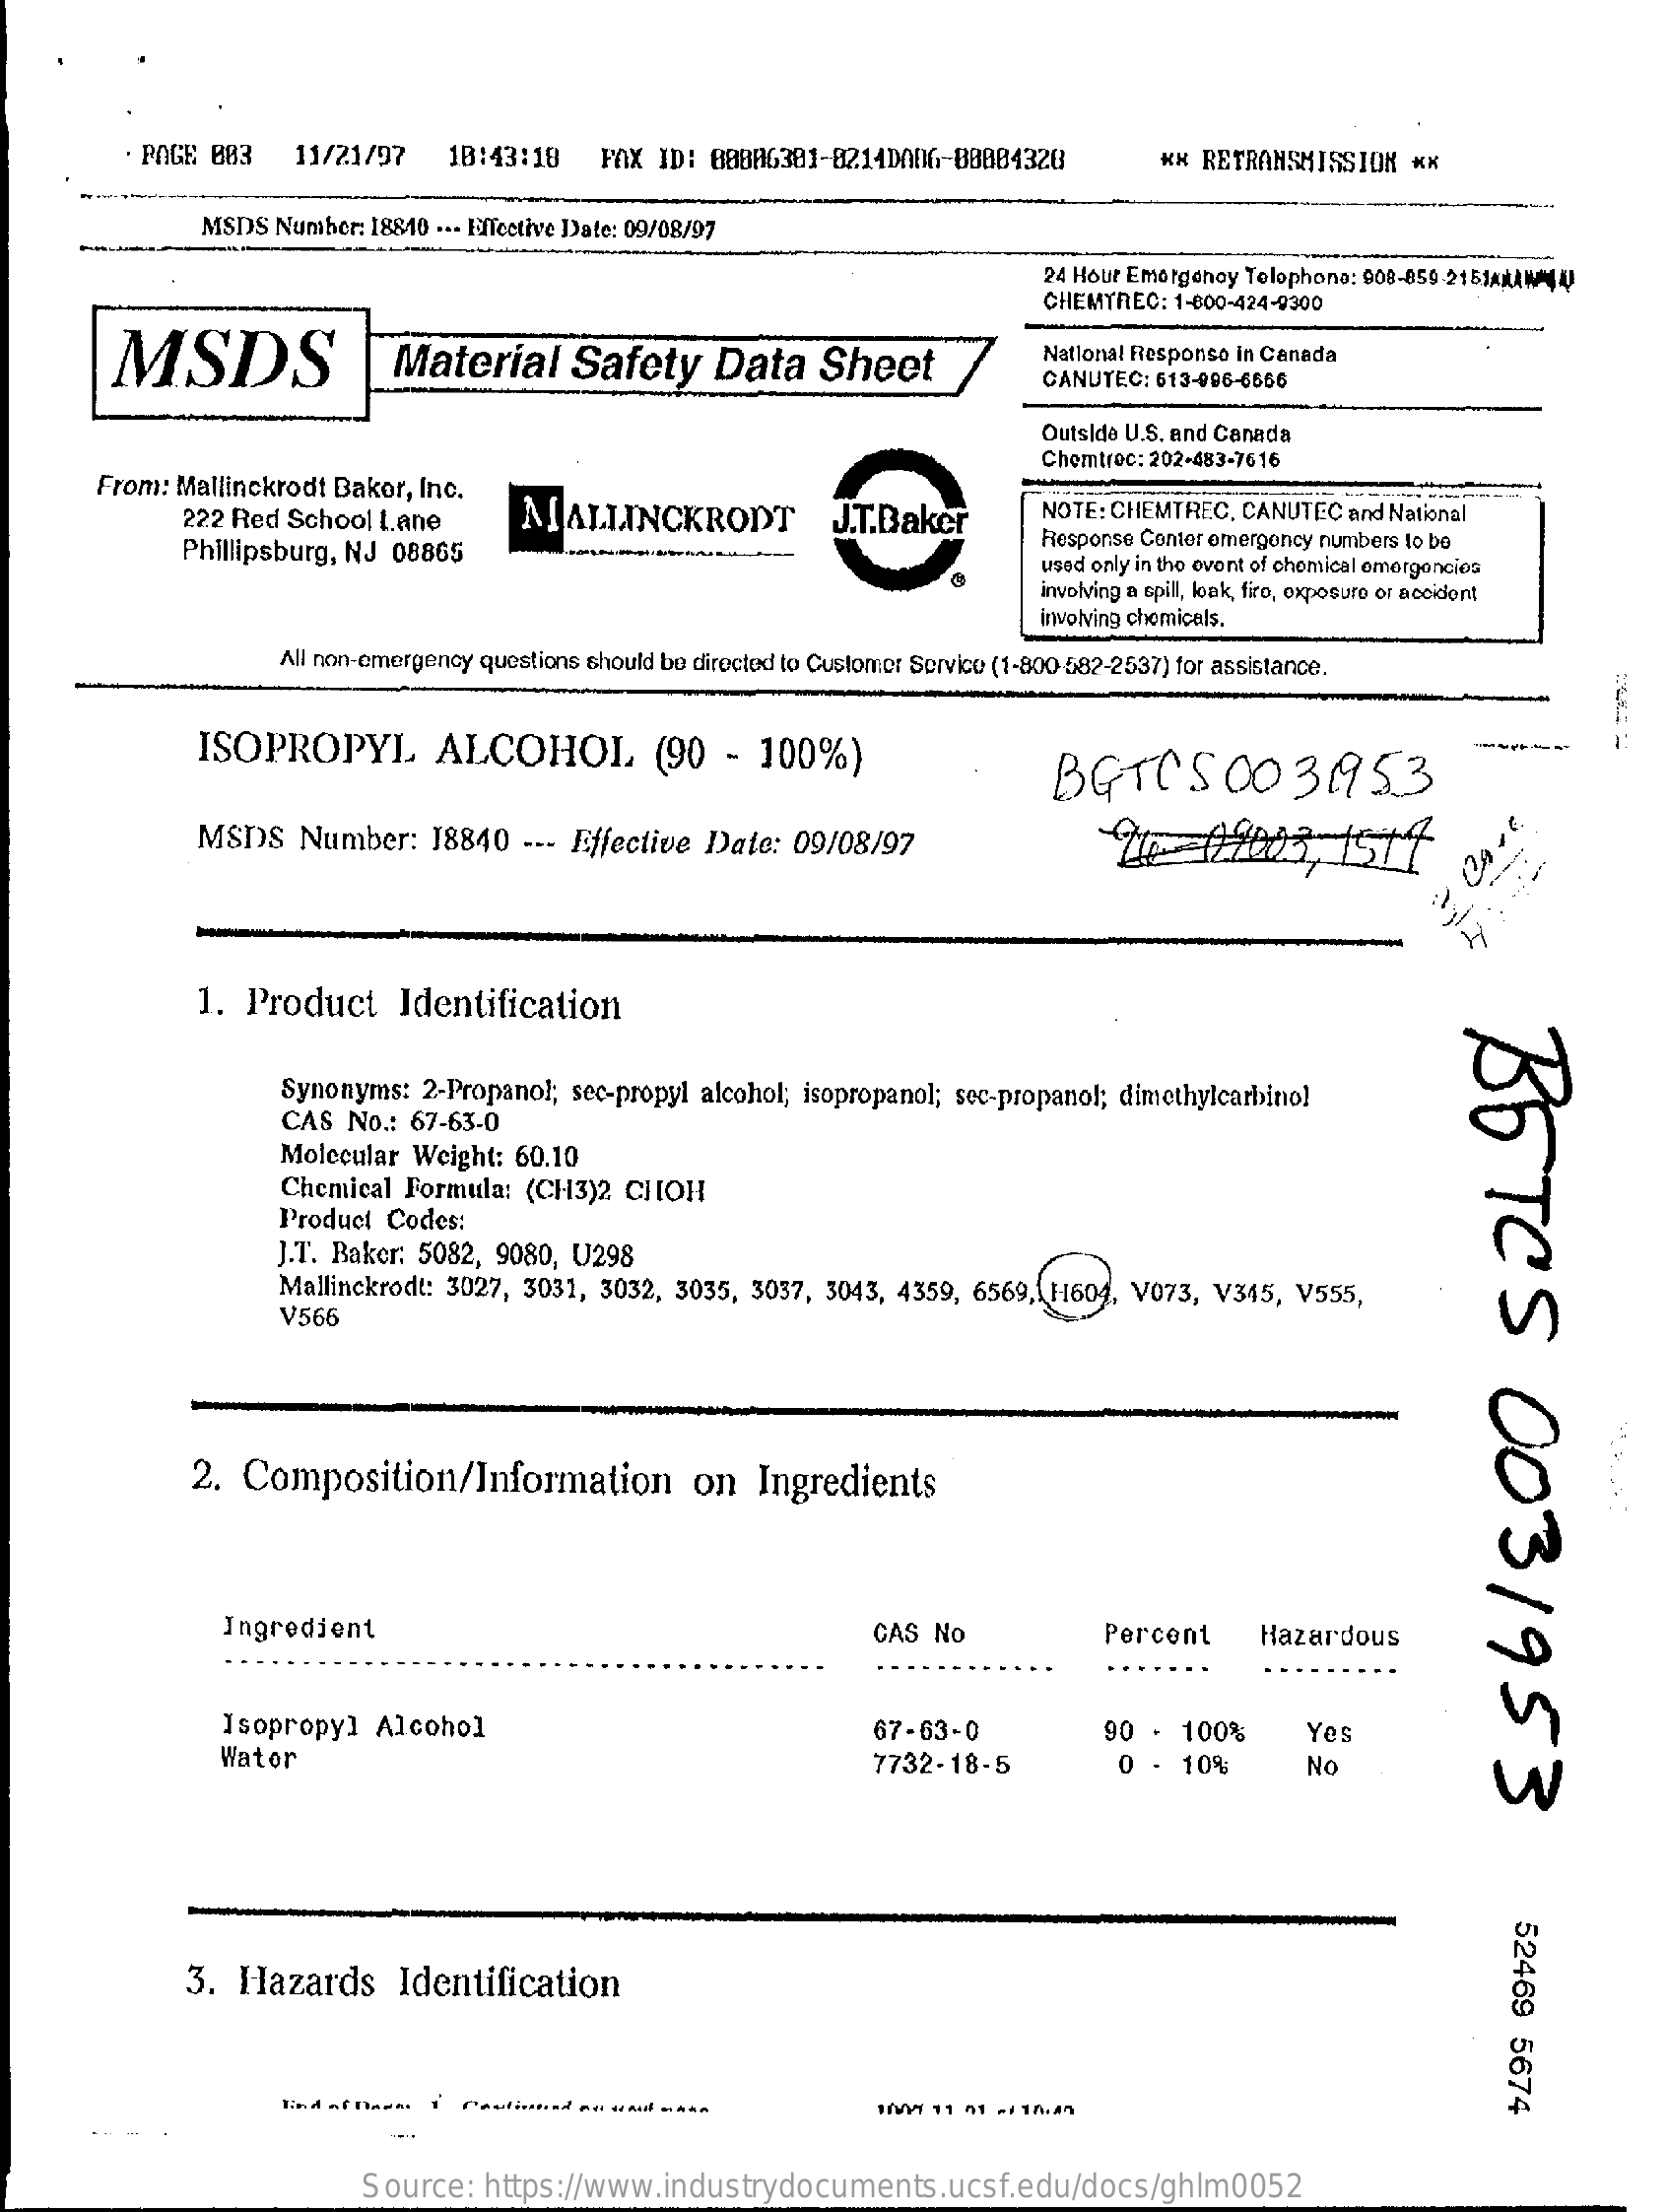
PAGE  083    11/21/97    18:43:18    FAX  ID: 08806301-8214DA06-BBBB4328    ** RETRANSMISSION    **
     MSDS  Number: 18810 --- Effective Date: 09/08/97
     24 Hour Emergency Tolophono: 908-859-2151/W44)
     CHEMTREC: 1-800-424-9300
     MSDS    Material    Safety    Data    Sheet
     National Response in Canada
     CANUTEC: 613-996-6666
     Outside U.S. and Canada
     Chomtroc: 202-483-7616
     From:  Mallinckrodt Baker, Inc.
     222 Red  School  Lane    MALLINCKRODT    J.T.Baker    NOTE: CHEMTREC.  CANUTEC  and National
     Phillipsburg, NJ  08865    Response Center emergency numbers to be
     used only in the event of chemical emergencies
     involving a epill, loak, firo, exposure of accident
     involving chemicals.
     All non-emergency questions should be directed to Customer Service (1-800-582-2537) for assistance.
     ISOPROPYL    ALCOHOL    (90   -  100%)    BGTCSOO    3  1953
     MSDS    Number:    18840   --- Effective  Date:  09/08/97
     1. Product    Identification
     BETCS
     0031953
     Synonyms:  2-Propanol;  sec-propyl alcohol; isopropanol; sec-propanol; dimethylcarbinol
     CAS  No .: 67-63-0
     Molecular Weight:  60.10
     Chemical  Formula:  (CH3)2  CHOH
     Product Codes:
     J.T. Baker: 5082, 9080,  U298
     Mallinckrodt: 3027, 3031, 3032, 3035,  3037, 3043, 4359, 6569,  11601, V073,  V345, V555,
     V566
     2.  Composition/Information    on   Ingredients
     Ingredient    CAS  No    Percent    Hazardous
     Isopropyl   Alcohol    67-63-0    90 -  100%    Yes
     Wator    7732-18-5    0 -  10%    No
     52469
     5674
     3.  Hazards    Identification
     109/ 11 01 -1 16:40
     Source:   https://www.industrydocuments.ucsf.edu/docs/ghlm0052